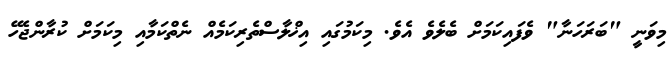
މިވަނީ "ބަރަހަނާ" ވެފައިކަމަށް ބެލެވެ އެވެ. މިކަމުގައި އިޚްލާސްތެރިކަމެއް ނެތްކަމާއި މިކަމަށް ކުރާންޖެހޭ